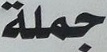
جملة